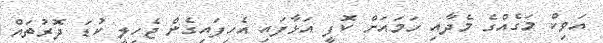
އަވިކް މަގެއްގެ މެދާއި ހަމައަށް ކޮފީ އަޅާފައި އެހިފައިގެން ޖެހިލީ ކުޑަ ދޮރުތައް